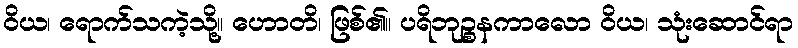
ဝိယ၊ ရောက်သကဲ့သို့။ ဟောတိ၊ ဖြစ်၏။ ပရိဘုဉ္စနကာလော ဝိယ၊ သုံးဆောင်ရာ